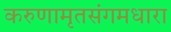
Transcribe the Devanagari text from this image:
करुणामृतसंगमधारा